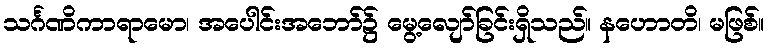
သင်္ဂဏိကာရာမော၊ အပေါင်းအဘော်၌ မွေ့လျော်ခြင်းရှိသည်။ နဟောတိ၊ မဖြစ်။